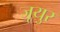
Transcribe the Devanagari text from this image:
जूयुर